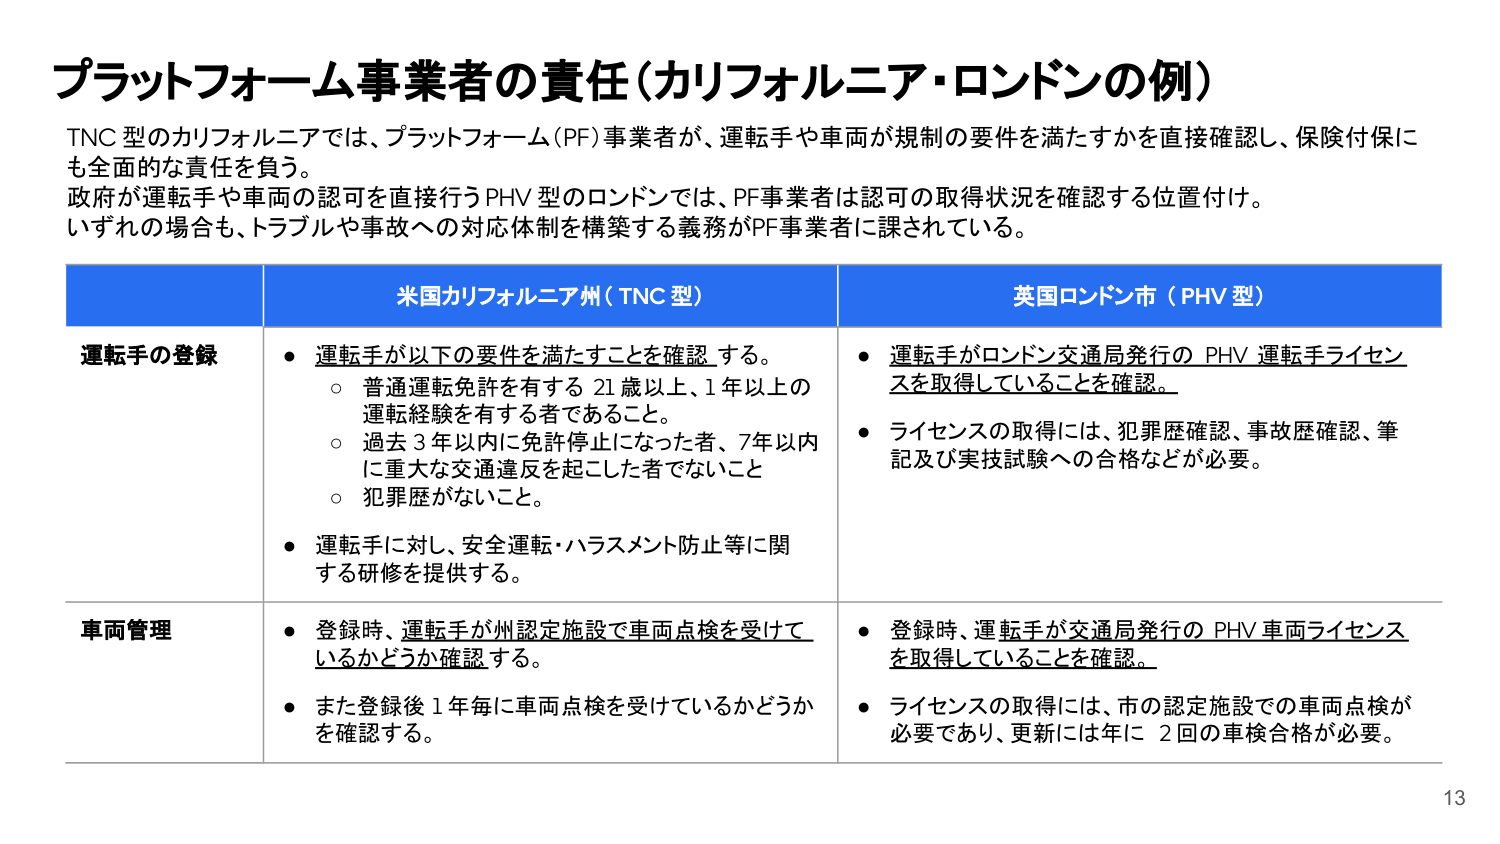
プラットフォーム事業者の責任（カリフォルニア・ロンドンの例）

TNC 型のカリフォルニアでは、プラットフォーム（PF）事業者が、運転手や車両が規制の要件を満たすかを直接確認し、保険付保にも全面的な責任を負う。
政府が運転手や車両の認可を直接行うPHV型のロンドンでは、PF事業者は認可の取得状況を確認する位置付け。
いずれの場合も、トラブルや事故への対応体制を構築する義務がPF事業者に課されている。

米国カリフォルニア州（TNC 型）　　　　　　　　　　　　　　　　　　　　　　英国ロンドン市（PHV 型）

運転手の登録
・運転手が以下の要件を満たすことを確認する。
　○ 普通運転免許を有する 21 歳以上、1 年以上の運転経験を有する者であること。
　○ 過去 3 年以内に免許停止になった者、7 年以内に重大な交通違反を起こした者でないこと
　○ 犯罪歴がないこと。
・運転手に対し、安全運転・ハラスメント防止等に関する研修を提供する。

・運転手がロンドン交通局発行の PHV 運転手ライセンスを取得していることを確認。
・ライセンスの取得には、犯罪歴確認、事故歴確認、筆記及び実技試験への合格などが必要。

車両管理
・登録時、運転手が州認定施設で車両点検を受けているかどうか確認する。
・また登録後 1 年毎に車両点検を受けているかどうかを確認する。

・登録時、運転手が交通局発行の PHV 車両ライセンスを取得していることを確認。
・ライセンスの取得には、市の認定施設での車両点検が必要であり、更新には年に 2 回の車検合格が必要。

13